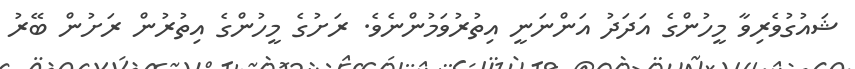
ޝައުގުވެރިވާ މީހުންގެ އަދަދު އަންނަނީ އިތުރުވަމުންނެވެ. ރަށުގެ މީހުންގެ އިތުރުން ރަށުން ބޭރު